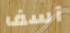
آسف